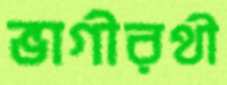
ভাগীরথী